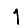
Digit: 1